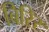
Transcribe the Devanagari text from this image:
बिरिर